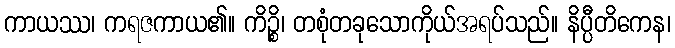
ကာယဿ၊ ကရဇကာယ၏။ ကိဉ္စိ၊ တစုံတခုသောကိုယ်အရပ်သည်။ နိပ္ပီတိကေန၊